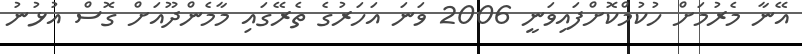
އޭނާ މެރުމަށް ހުކުމްކޮށްފައިވަނީ 2006 ވަނަ އަހަރުގެ ތެރޭގައި މާމެންދޫއަށް ގޮސް އުޅުނު